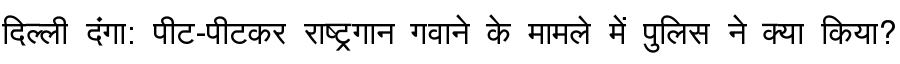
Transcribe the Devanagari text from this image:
दिल्ली दंगा: पीट-पीटकर राष्ट्रगान गवाने के मामले में पुलिस ने क्या किया?